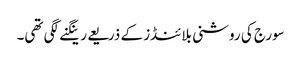
سورج کی روشنی بلائنڈز کے ذریعے رینگنے لگی تھی۔